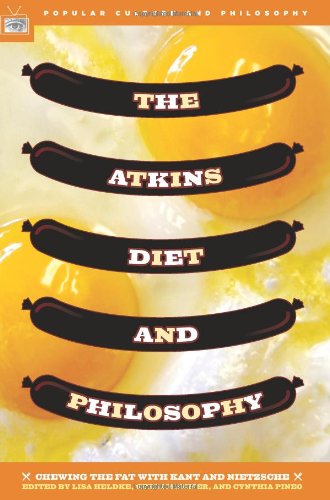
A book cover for The Atkins Diet and Philosophy: Chewing the Fat with Kant and Nietzsche (Popular Culture and Philosophy); Health, Fitness & Dieting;